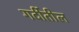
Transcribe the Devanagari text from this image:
गर्दीतील